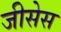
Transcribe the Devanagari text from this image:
जीसेस